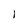
Character: l